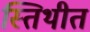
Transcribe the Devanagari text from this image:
स्तिथीत